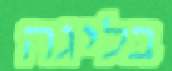
בליגה